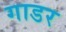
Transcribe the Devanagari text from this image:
गाडर